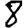
Digit: 8